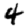
Digit: 4